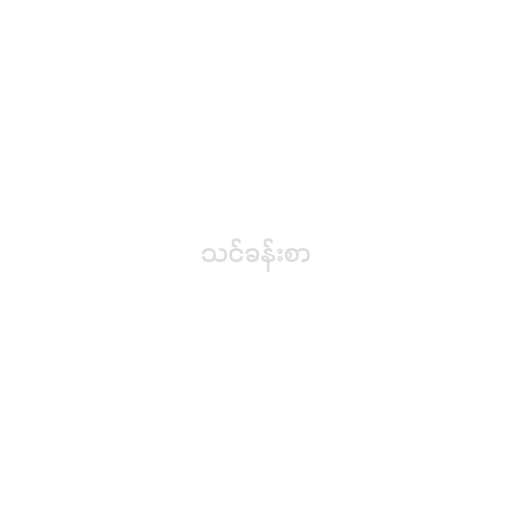
သင်ခန်းစာ